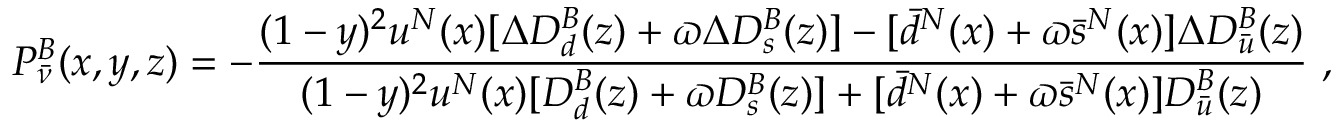
P _ { \bar { \nu } } ^ { B } ( x , y , z ) = - \frac { ( 1 - y ) ^ { 2 } u ^ { N } ( x ) [ \Delta D _ { d } ^ { B } ( z ) + \varpi \Delta D _ { s } ^ { B } ( z ) ] - [ \bar { d } ^ { N } ( x ) + \varpi \bar { s } ^ { N } ( x ) ] \Delta D _ { \bar { u } } ^ { B } ( z ) } { ( 1 - y ) ^ { 2 } u ^ { N } ( x ) [ D _ { d } ^ { B } ( z ) + \varpi D _ { s } ^ { B } ( z ) ] + [ \bar { d } ^ { N } ( x ) + \varpi \bar { s } ^ { N } ( x ) ] D _ { \bar { u } } ^ { B } ( z ) } ~ ,